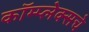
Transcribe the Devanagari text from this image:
कॉम्प्लेक्सचे